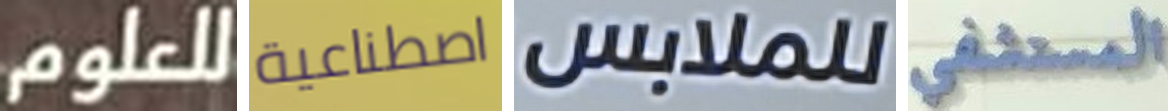
للعلوم اصطناعية للملابس المستشفى